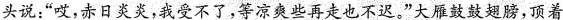
头说：”哎，赤日炎炎，我受不了，等凉爽些再走也不迟。”大雁鼓鼓翅膀，顶着